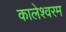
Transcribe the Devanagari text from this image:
कालेश्वरम